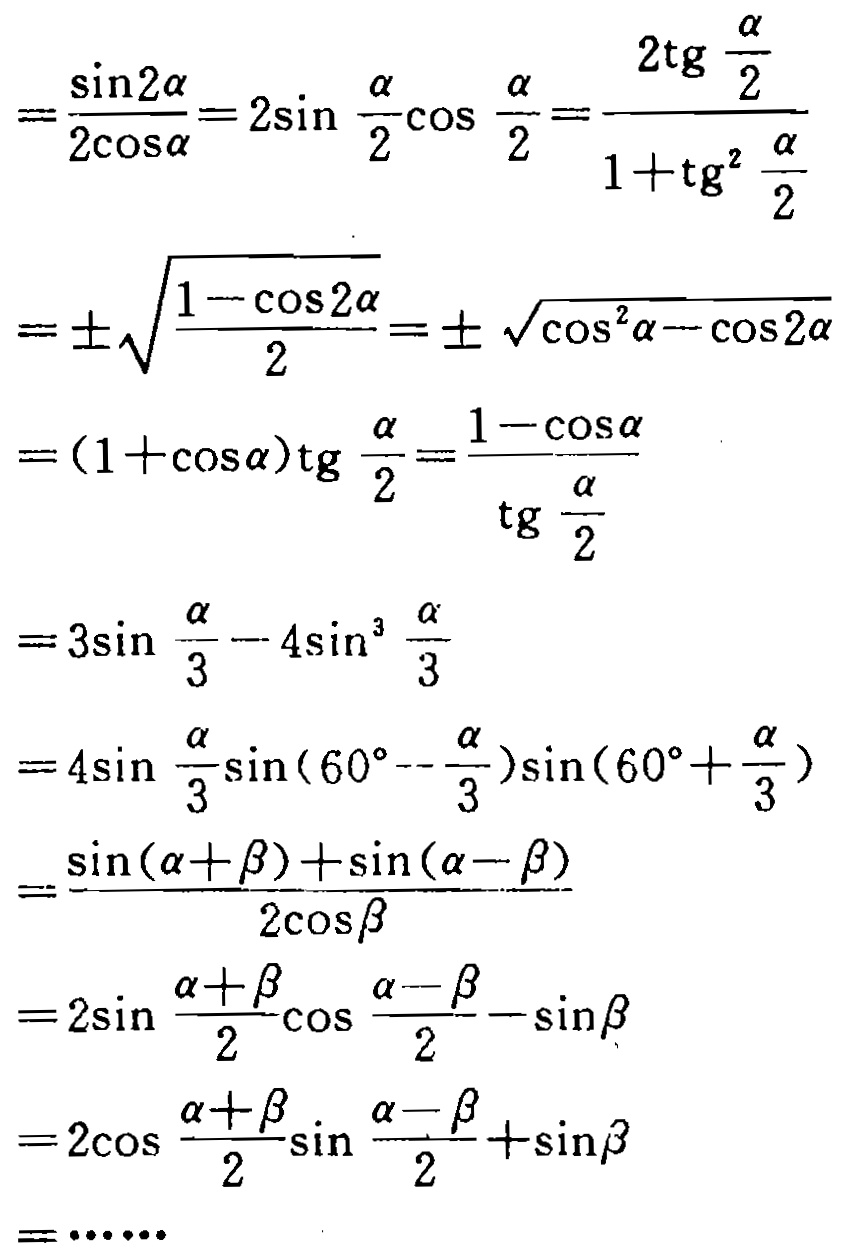
\[

\begin{align*}

&=\frac{\sin2\alpha}{2\cos\alpha}=2\sin\frac{\alpha}{2}\cos\frac{\alpha}{2}=\frac{2\mathrm{tg}\frac{\alpha}{2}}{1 + \mathrm{tg}^{2}\frac{\alpha}{2}}\\

&=\pm\sqrt{\frac{1 - \cos2\alpha}{2}}=\pm\sqrt{\cos^{2}\alpha-\cos2\alpha}\\

&=(1 + \cos\alpha)\mathrm{tg}\frac{\alpha}{2}=\frac{1 - \cos\alpha}{\mathrm{tg}\frac{\alpha}{2}}\\

&=3\sin\frac{\alpha}{3}-4\sin^{3}\frac{\alpha}{3}\\

&=4\sin\frac{\alpha}{3}\sin(60^{\circ}-\frac{\alpha}{3})\sin(60^{\circ}+\frac{\alpha}{3})\\

&=\frac{\sin(\alpha+\beta)+\sin(\alpha - \beta)}{2\cos\beta}\\

&=2\sin\frac{\alpha+\beta}{2}\cos\frac{\alpha - \beta}{2}-\sin\beta\\

&=2\cos\frac{\alpha+\beta}{2}\sin\frac{\alpha - \beta}{2}+\sin\beta\\

&=\cdots\cdots

\end{align*}

\]